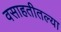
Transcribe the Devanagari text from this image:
वसाहतीतल्या